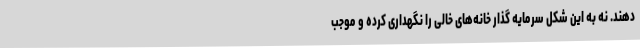
دهند. نه به این شکل سرمایه گذار خانه‌های خالی را نگهداری کرده و موجب